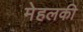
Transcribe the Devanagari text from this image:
मेहलकी